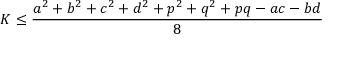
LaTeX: K \leq { \frac { a ^ { 2 } + b ^ { 2 } + c ^ { 2 } + d ^ { 2 } + p ^ { 2 } + q ^ { 2 } + p q - a c - b d } { 8 } }